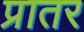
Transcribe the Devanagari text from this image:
प्रातर